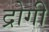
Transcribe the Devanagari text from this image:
द्रोगी